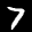
Label: 7